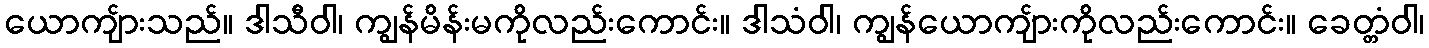
ယောကျ်ားသည်။ ဒါသီဝါ၊ ကျွန်မိန်းမကိုလည်းကောင်း။ ဒါသံဝါ၊ ကျွန်ယောကျ်ားကိုလည်းကောင်း။ ခေတ္တံဝါ၊